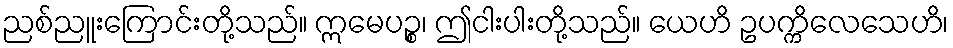
ညစ်ညူးကြောင်းတို့သည်။ ဣမေပဉ္စ၊ ဤငါးပါးတို့သည်။ ယေဟိ ဥပက္ကိလေသေဟိ၊